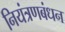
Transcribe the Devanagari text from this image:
नियंत्रणबंधन